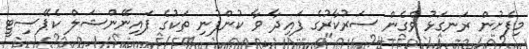
މިފެށުން ރަނގަޅު ވެގެން ސަރުކާރުގެ ފައިދާ ވާ ކުންފުނި ތަކުގެ ފައިނޭންޝަލް ކެޕޭސިޓީ